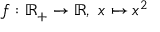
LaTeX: f : \mathbb { R } _ { + } \to \mathbb { R } , \ x \mapsto x ^ { 2 }